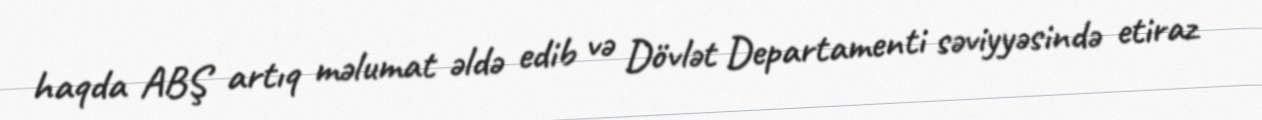
haqda ABŞ artıq məlumat əldə edib və Dövlət Departamenti səviyyəsində etiraz